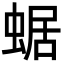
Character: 蜛